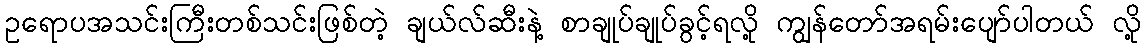
ဥရောပအသင်းကြီးတစ်သင်းဖြစ်တဲ့ ချယ်လ်ဆီးနဲ့ စာချုပ်ချုပ်ခွင့်ရလို့ ကျွန်တော်အရမ်းပျော်ပါတယ် လို့